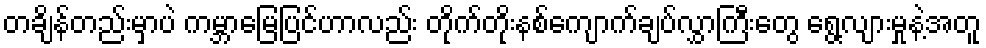
တချိန်တည်းမှာပဲ ကမ္ဘာမြေပြင်ဟာလည်း တိုက်တိုးနစ်ကျောက်ချပ်လွှာကြီးတွေ ရွေ့လျားမှုနဲ့အတူ